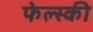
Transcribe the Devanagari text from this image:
फेल्स्की